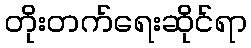
တိုးတက်ရေးဆိုင်ရာ